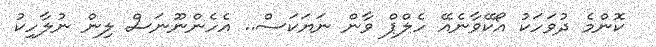
ކޮންމެ ދުވަހަކު އޯކޭވާނެއޭ ހެލްޕް ވާން ނަޔަކަސް.. އެހެންނޫނަސް ލިން ނުލާހިކު